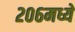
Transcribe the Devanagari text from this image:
२०६मध्ये